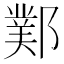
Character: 𨞊